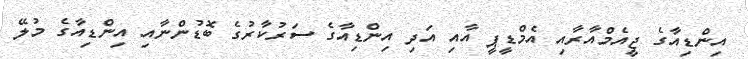
އިންޑިއާގެ ޖީއެމްއާރާއި އެމްޑީޕީ އާއި އަދި އިންޑިއާގެ ސަރުކާރުގެ ބޮޑުންނާއި އިންޑިއާގެ މުލޭ